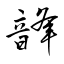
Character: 韸